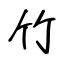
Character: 竹